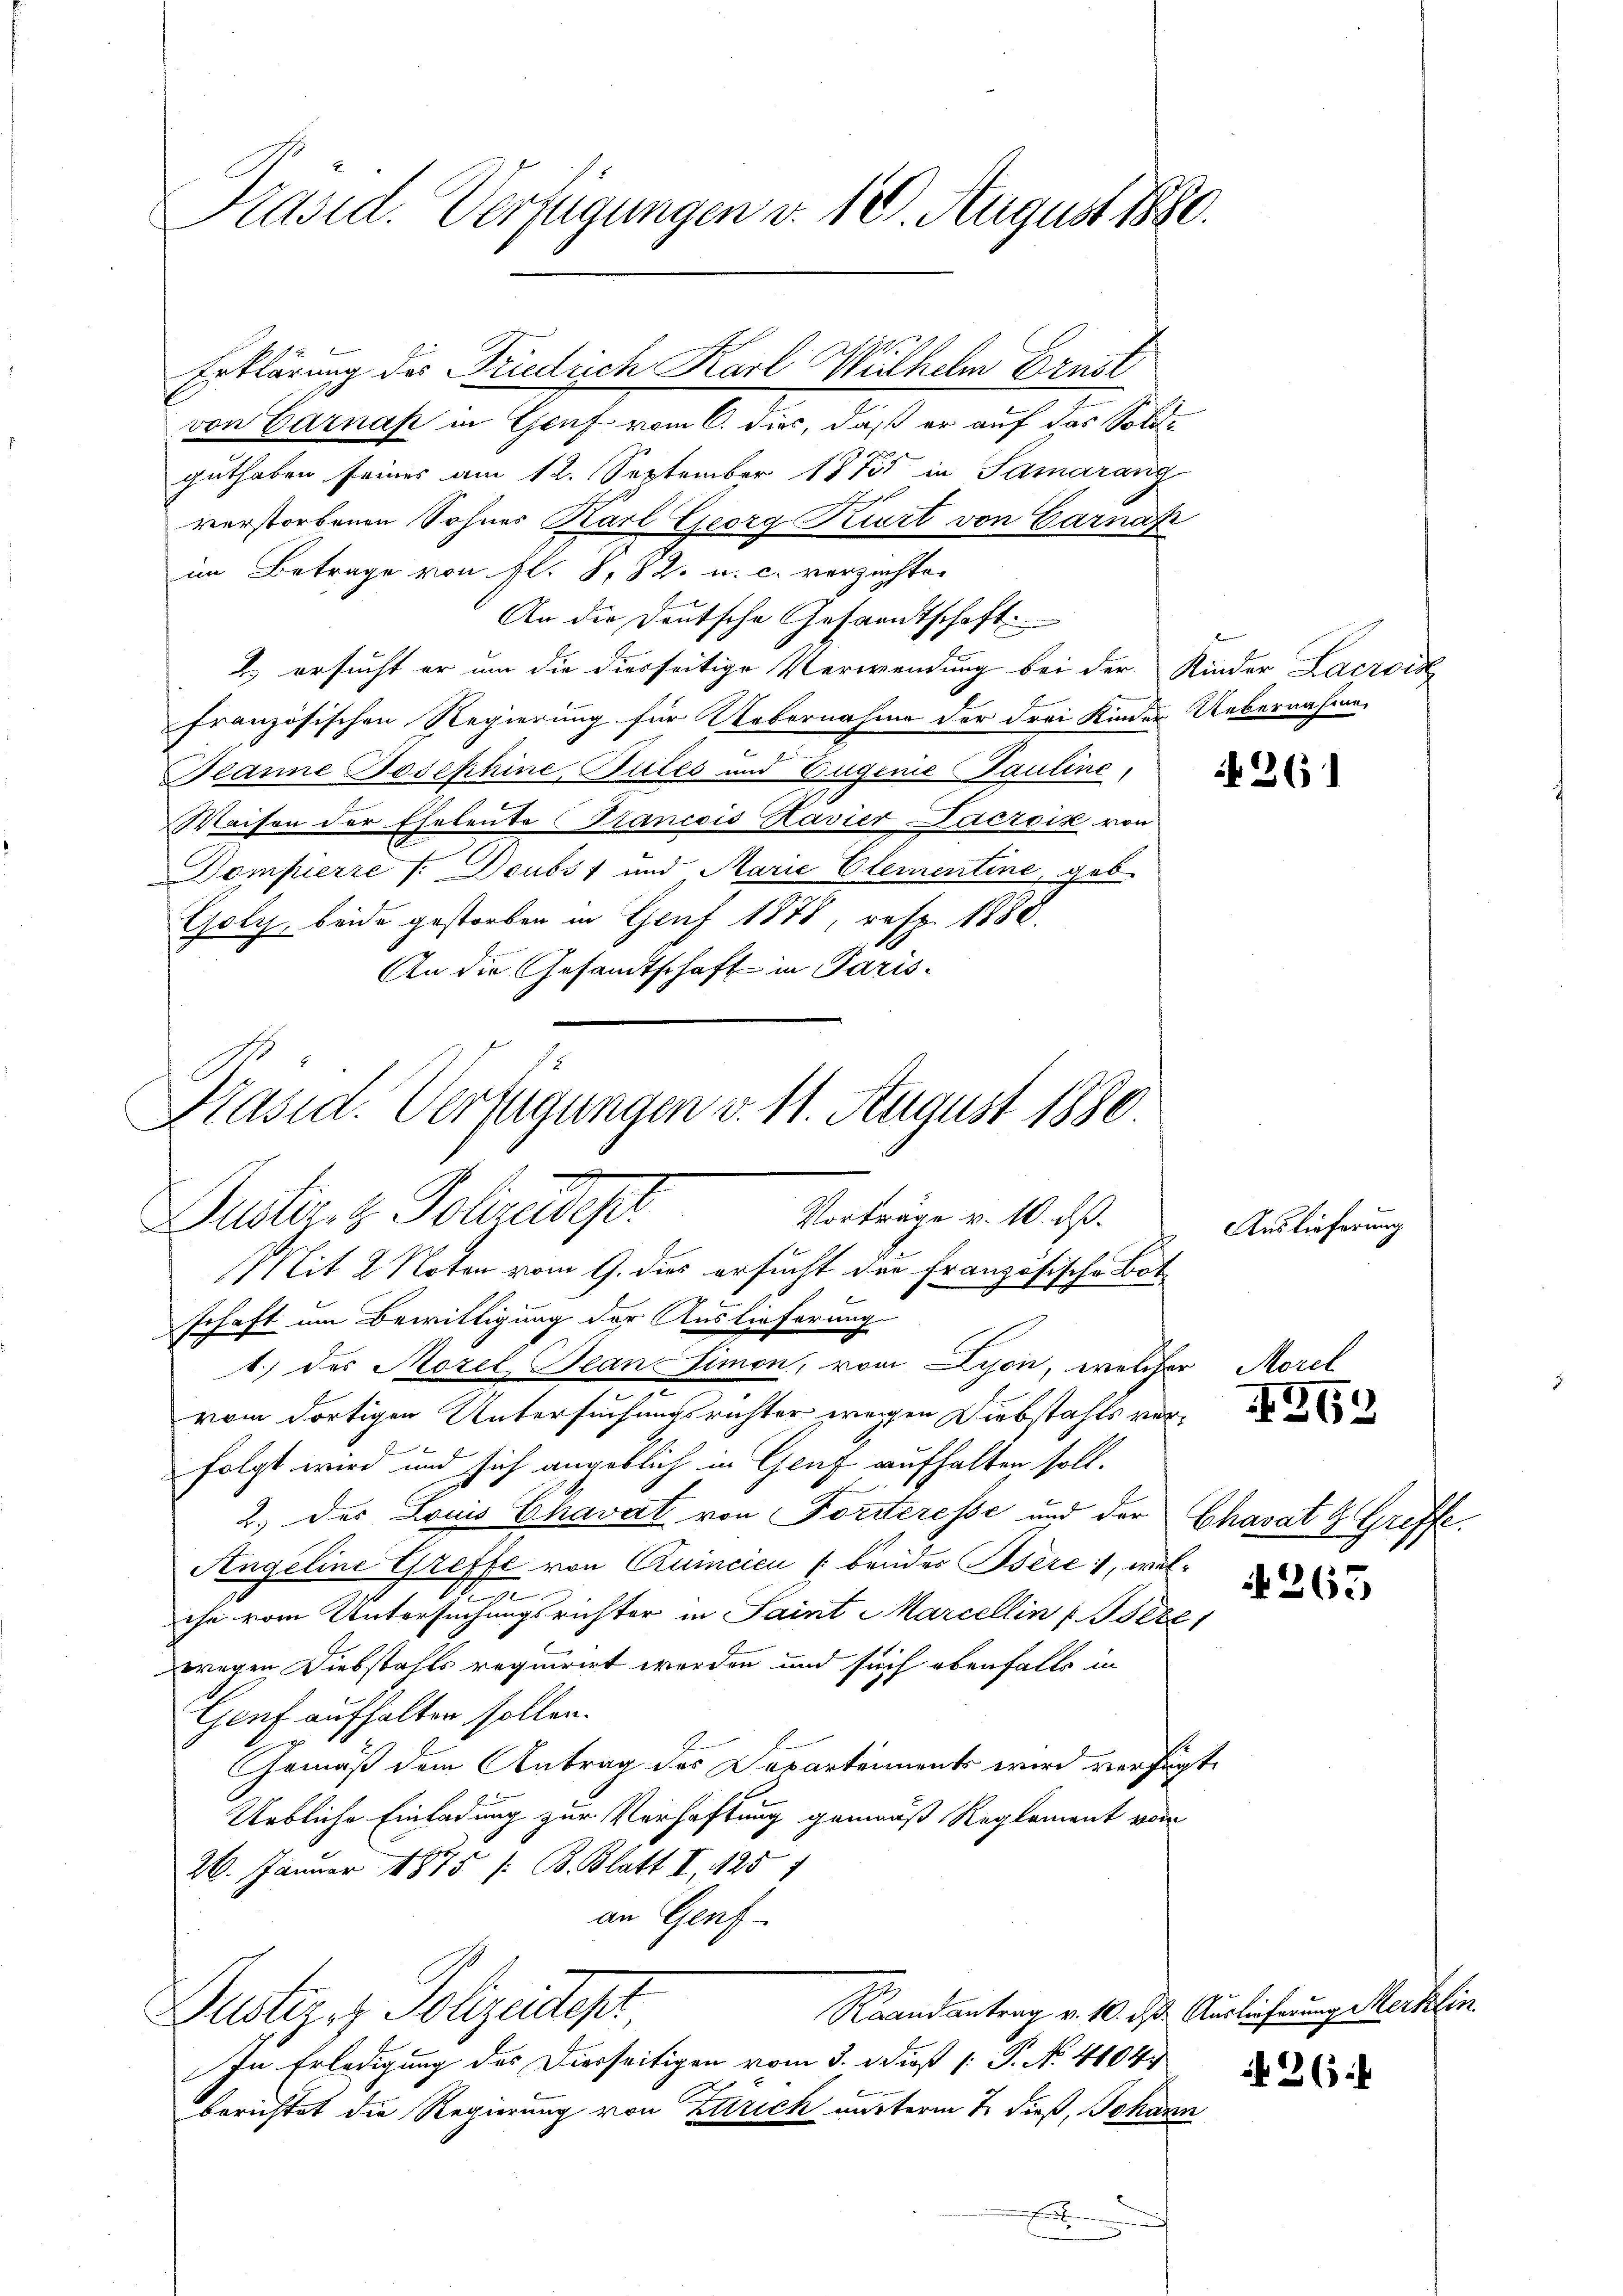
Präsid. Verfügungen d. 10. August 1890.

Erklärung des Friedrich Karl Wilhelm Ernst
van Garnach in Graf vor die, daß er auf der Kolle
guthaben seines am 12. September 1875 in Samaranz
verstorbenen Sohnes Karl Georg Kurt von Carnap
im Betrage von fl. S. 82. u. c. verzichten
An die Deutsche Gesandtschaft
2.) ersucht er um die diesseitige Verwendung bei der Kinder Lacrois
französischen Regierung für Uebernahme der drei Kinder Uebernahme
Banne Josephine Gutes und Eugenie Pauline,
Waisen der Eheleute Francois Ravier Dacroik von
Dompierre /: Doubs 7 und Marie Elementine, geb.
Goly, beide gestorben in Genf 1878, resp. 1888.
An die Gesandtschaft in Paris¬

Präsid. Verfügungen v. 11. August 1880.
Bester, z. Polizeipt
Vorträge v. 10. ds.

Mit 2 Noten vom 9. dies ersucht der Französische Botschaft um Bewilligung der Auslieferung
1.) des Morel Jean Simon, vom Lyon, welcher Morel
vom dortigen Untersuchungsrichter wegen Diebstahls vorx
folgt wird und sich angeblich in Genf aufhalten soll.
2. des Louis Chavat von Forsteresse und der
Angeline Greffe von Quincien (beider Berei, welche vom Untersuchungsrichter in Saint Marcellin u. Bere
wegen Diebstahls requirirt werden und such ebenfalls in
Genf aufhalten sollen.
Gemäß dem Antrag des Departement wird verfügt
Uebliche Einladung zur Verhaftung gemauß Reglement von
26. Januar 1875 /: B. Blatt II 125 f
an Genf
Raandantrag v. 10. ds Auslieferung Merklin
Justiz & Polizeidest
In Erledigung des Dierseitigen vom 3. dieß (: P. N. 41047
d
berichtet die Regierung von Zürich mutterm 7. dieß, Johann
.

261

Auslieferung

263

Chavat & Griffe.

4265

N 26